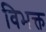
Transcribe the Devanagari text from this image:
विभक्त